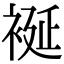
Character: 䘰